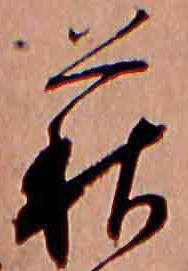
萩